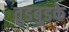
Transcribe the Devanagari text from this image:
तुडबुडके